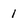
Character: 1